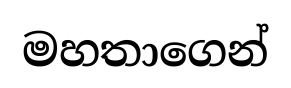
මහතාගෙන්